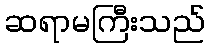
ဆရာမကြီးသည်